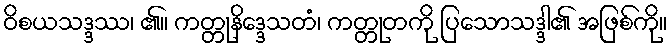
ဝိစယသဒ္ဒဿ၊ ၏။ ကတ္တုနိဒ္ဒေသတံ၊ ကတ္တုတကို ပြသောသဒ္ဒါ၏ အဖြစ်ကို။